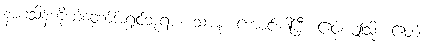
နာဂသိန်ကိုယ်တော်အရှင်ဘုရား။ သာဓု၊ ကောင်းပါပြီ။ ဧဝံ၊ ဤသို့။ ဧတံ၊